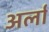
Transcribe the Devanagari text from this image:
अर्ला